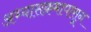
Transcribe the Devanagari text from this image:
अभ्यासक्रमापासून